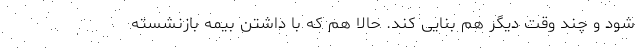
شود و چند وقت دیگر هم بنایی کند. حالا هم که با داشتن بیمه بازنشسته